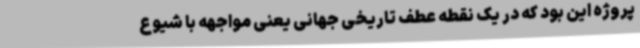
پروژه این بود که در یک نقطه‌ عطف تاریخی جهانی یعنی مواجهه با شیوع